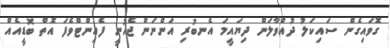
ގޮވައިގެން ސައިކަލު ދުއްވާލަން ދިޔައީމަ އެނބުރި އަންނަން ޖެހުނީ ފެއިންޓްވެފަ އޮތް ބޮޑީއެއް